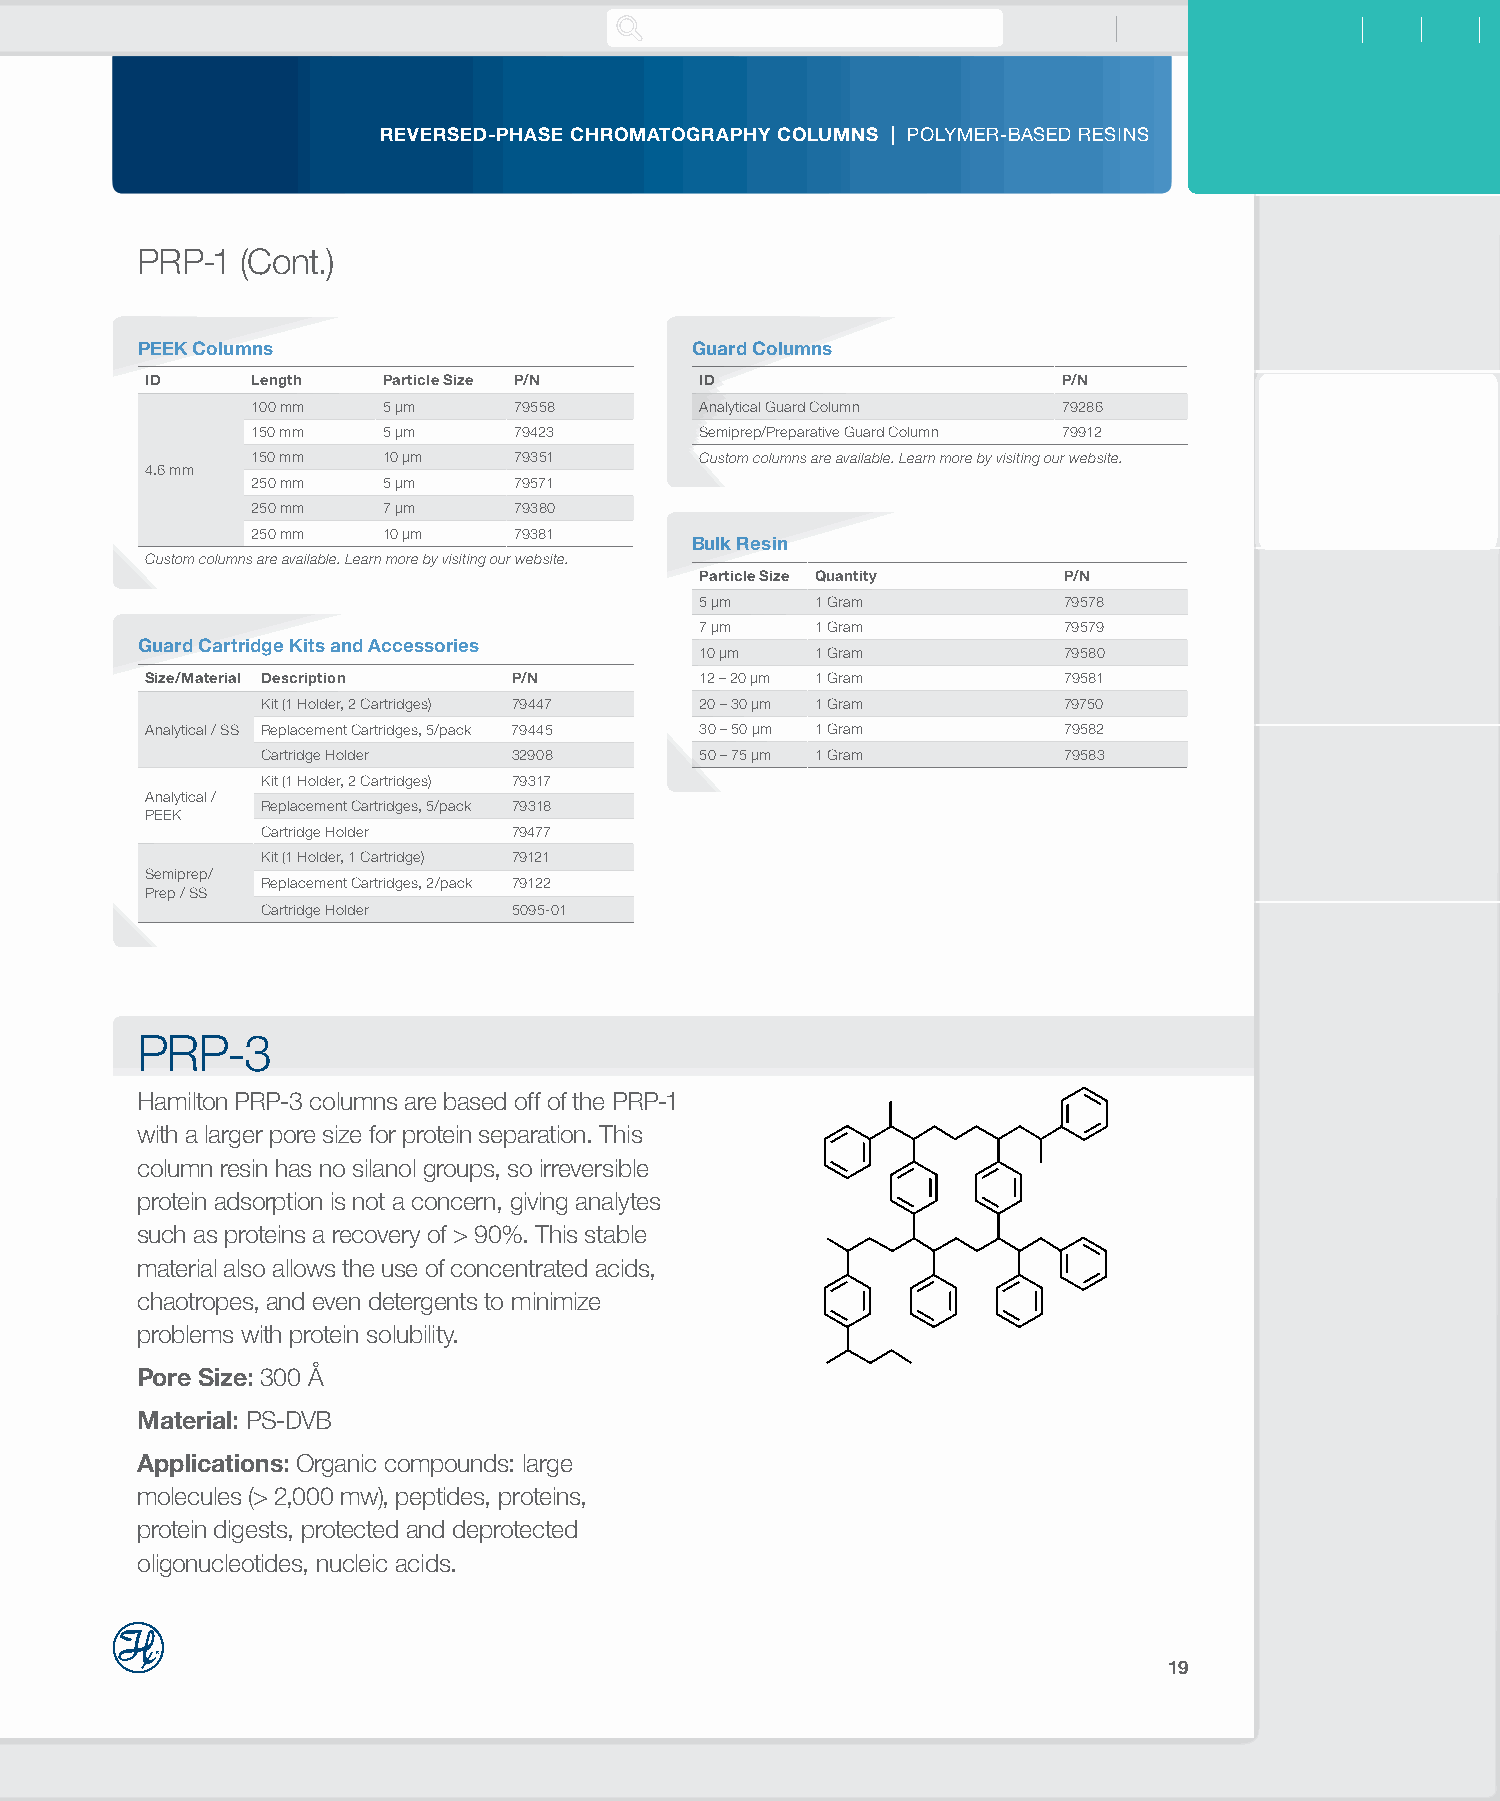
REVERSED-PHASE CHROMATOGRAPHY COLUMNS | POLYMER-BASED RESINS
 PRP-1  (Cont.)
 PEEK Columns                         Guard Columns
 ID     Length  Particle Size P/N    ID                      P/N
 100 mm  5 µm     79558       Analytical Guard Column 79286
 150 mm  5 µm     79423       Semiprep/Preparative Guard Column 79912
 150 mm  10 µm    79351       Custom columns are available. Learn more by visiting our website.
 4.6 mm
 250 mm  5 µm     79571
 250 mm  7 µm     79380
 250 mm  10 µm    79381
 Bulk Resin
 Custom columns are available. Learn more by visiting our website.
 Particle Size Quantity  P/N
 5 µm    1 Gram          79578
 7 µm    1 Gram          79579
 Guard Cartridge Kits and Accessories
 10 µm   1 Gram          79580
 Size/Material Description P/N       12 – 20 µm 1 Gram       79581
 Kit (1 Holder, 2 Cartridges) 79447 20 – 30 µm 1 Gram 79750
 Analytical / SS Replacement Cartridges, 5/pack 79445 30 – 50 µm 1 Gram 79582
 Cartridge Holder 32908       50 – 75 µm 1 Gram       79583
 Kit (1 Holder, 2 Cartridges) 79317
 Analytical /
 Replacement Cartridges, 5/pack 79318
 PEEK
 Cartridge Holder 79477
 Kit (1 Holder, 1 Cartridge) 79121
 Semiprep/
 Replacement Cartridges, 2/pack 79122
 Prep / SS
 Cartridge Holder 5095-01
 PRP-3
 Hamilton PRP-3 columns are based off of the PRP-1
 with a larger pore size for protein separation. This
 column resin has no silanol groups, so irreversible
 protein adsorption is not a concern, giving analytes
 such as proteins a recovery of > 90%. This stable
 material also allows the use of concentrated acids,
 chaotropes, and even detergents to minimize
 problems with protein solubility.
 Pore Size: 300 Å
 Material: PS-DVB
 Applications: Organic compounds: large
 molecules (> 2,000 mw), peptides, proteins,
 protein digests, protected and deprotected
 oligonucleotides, nucleic acids.
 19